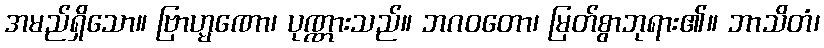
အမည်ရှိသော။ ဗြာဟ္မဏော၊ ပုဏ္ဏားသည်။ ဘဂဝတော၊ မြတ်စွာဘုရား၏။ ဘာသိတံ၊